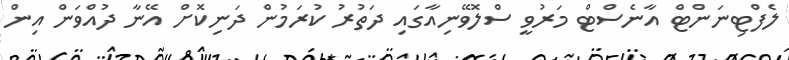
ލެފްޓިނަންޓް އާނެސްޓް މަރުވީ ސްލޮވޭނިއާގައި ދަތުރު ކުރަމުން ދަނިކޮށް އޭނާ ދުއްވަން އިން